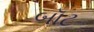
બૉટ